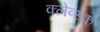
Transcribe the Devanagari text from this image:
क्लेव्स्क